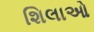
શિલાઓ